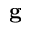
\mathbf { g }